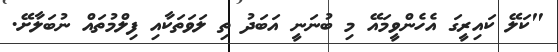
"ކަލޭ ކައިރީގަ އެހެންވީމައޭ މި ބުނަނީ އަބަދު ތި ލަވަތަކާއި ފިލްމުތައް ނުބަލާށޭ.